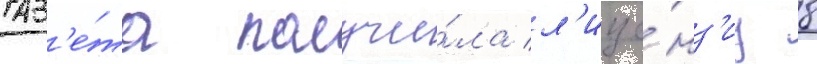
Газ'е́та получи́ла л'ице́нз'иу 8